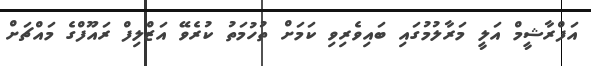
އަފްރާޝީމް އަލީ މަރާލުމުގައި ބައިވެރިވި ކަމަށް ތުހުމަތު ކުރެވޭ އަޒްލިފް ރައޫފްގެ މައްޗަށް